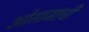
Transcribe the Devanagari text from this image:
ओसामाची